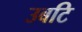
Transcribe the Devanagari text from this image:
उबटि